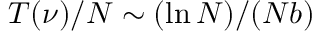
T ( \nu ) / N \sim ( \ln { N } ) / ( N b )